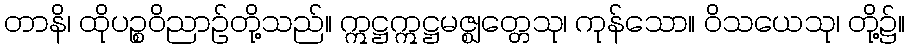
တာနိ၊ ထိုပဉ္စဝိညာဉ်တို့သည်။ ဣဋ္ဌဣဋ္ဌမဇ္ဈတ္တေသု၊ ကုန်သော။ ဝိသယေသု၊ တို့၌။